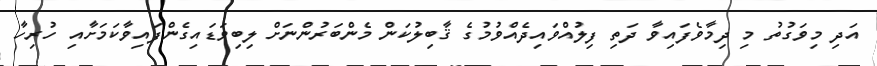
އަދި މިވަގުތު މި ދިމާވެފައިވާ ދަތި ފިލުއްވައިދެއްވުމުގެ ޤާބިލުކަން މެންބަރުންނަށް ލިބިވަޑައިގެންފައިވާކަމަށާއި ހުރިހާ